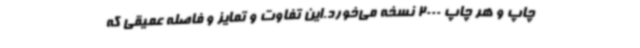
چاپ و هر چاپ 2000 نسخه می‌خورد.این تفاوت و تمایز و فاصله عمیقی که